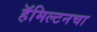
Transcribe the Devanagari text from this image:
हॅमिल्टनचा